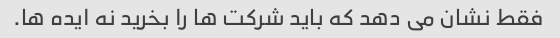
فقط نشان می دهد که باید شرکت ها را بخرید نه ایده ها.